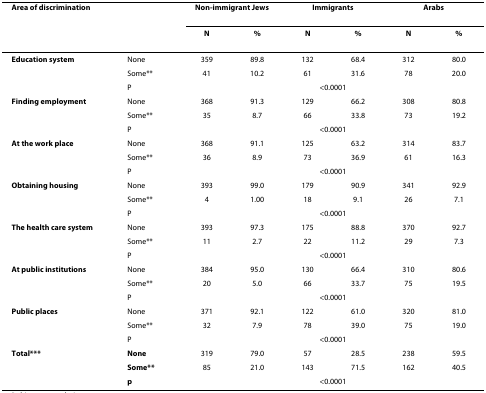
<table><thead><tr><td colspan="2"><b>Area of discrimination</b></td><td colspan="2"><b>Non-immigrant Jews</b></td><td colspan="2"><b>Immigrants</b></td><td colspan="2"><b>Arabs</b></td></tr><tr><td></td><td></td><td><b>N</b></td><td><b>%</b></td><td><b>N</b></td><td><b>%</b></td><td><b>N</b></td><td><b>%</b></td></tr></thead><tbody><tr><td><b>Education system</b></td><td>None</td><td>359</td><td>89.8</td><td>132</td><td>68.4</td><td>312</td><td>80.0</td></tr><tr><td></td><td>Some**</td><td>41</td><td>10.2</td><td>61</td><td>31.6</td><td>78</td><td>20.0</td></tr><tr><td></td><td>P</td><td colspan="6">&lt;0.0001</td></tr><tr><td><b>Finding employment</b></td><td>None</td><td>368</td><td>91.3</td><td>129</td><td>66.2</td><td>308</td><td>80.8</td></tr><tr><td></td><td>Some**</td><td>35</td><td>8.7</td><td>66</td><td>33.8</td><td>73</td><td>19.2</td></tr><tr><td></td><td>P</td><td colspan="6">&lt;0.0001</td></tr><tr><td><b>At the work place</b></td><td>None</td><td>368</td><td>91.1</td><td>125</td><td>63.2</td><td>314</td><td>83.7</td></tr><tr><td></td><td>Some**</td><td>36</td><td>8.9</td><td>73</td><td>36.9</td><td>61</td><td>16.3</td></tr><tr><td></td><td>P</td><td colspan="6">&lt;0.0001</td></tr><tr><td><b>Obtaining housing</b></td><td>None</td><td>393</td><td>99.0</td><td>179</td><td>90.9</td><td>341</td><td>92.9</td></tr><tr><td></td><td>Some**</td><td>4</td><td>1.00</td><td>18</td><td>9.1</td><td>26</td><td>7.1</td></tr><tr><td></td><td>P</td><td colspan="6">&lt;0.0001</td></tr><tr><td><b>The health care system</b></td><td>None</td><td>393</td><td>97.3</td><td>175</td><td>88.8</td><td>370</td><td>92.7</td></tr><tr><td></td><td>Some**</td><td>11</td><td>2.7</td><td>22</td><td>11.2</td><td>29</td><td>7.3</td></tr><tr><td></td><td>P</td><td colspan="6">&lt;0.0001</td></tr><tr><td><b>At public institutions</b></td><td>None</td><td>384</td><td>95.0</td><td>130</td><td>66.4</td><td>310</td><td>80.6</td></tr><tr><td></td><td>Some**</td><td>20</td><td>5.0</td><td>66</td><td>33.7</td><td>75</td><td>19.5</td></tr><tr><td></td><td>P</td><td colspan="6">&lt;0.0001</td></tr><tr><td><b>Public places</b></td><td>None</td><td>371</td><td>92.1</td><td>122</td><td>61.0</td><td>320</td><td>81.0</td></tr><tr><td></td><td>Some**</td><td>32</td><td>7.9</td><td>78</td><td>39.0</td><td>75</td><td>19.0</td></tr><tr><td></td><td>P</td><td colspan="6">&lt;0.0001</td></tr><tr><td><b>Total***</b></td><td><b>None</b></td><td>319</td><td>79.0</td><td>57</td><td>28.5</td><td>238</td><td>59.5</td></tr><tr><td></td><td><b>Some**</b></td><td>85</td><td>21.0</td><td>143</td><td>71.5</td><td>162</td><td>40.5</td></tr><tr><td></td><td><b>p</b></td><td colspan="6">&lt;0.0001</td></tr></tbody></table>